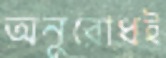
অনুরোধই